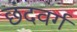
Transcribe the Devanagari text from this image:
छंदवर्ग